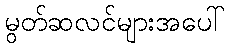
မွတ်ဆလင်များအပေါ်